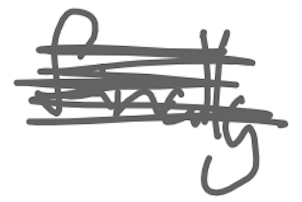
Text: finally
Cross-out: scratch
Writing tool: digital_gray